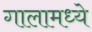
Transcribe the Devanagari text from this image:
गालामध्ये